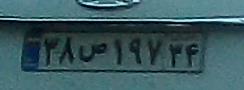
۳۸ص۱۹۷۳۴